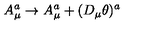
A _ { \mu } ^ { a } \to A _ { \mu } ^ { a } + ( D _ { \mu } \theta ) ^ { a }